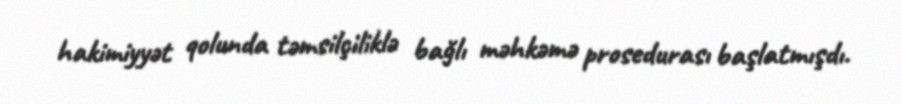
hakimiyyət qolunda təmsilçiliklə bağlı məhkəmə prosedurası başlatmışdı.